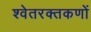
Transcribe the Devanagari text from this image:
श्वेतरक्तकणों